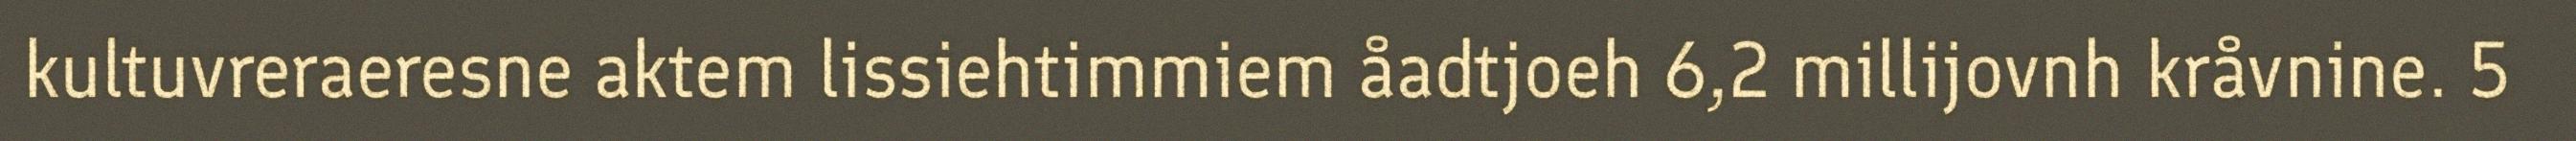
kultuvreraeresne aktem lissiehtimmiem åadtjoeh 6,2 millijovnh kråvnine. 5